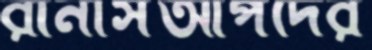
রানার্সআপদের